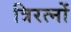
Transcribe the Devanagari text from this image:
त्रिरत्नों